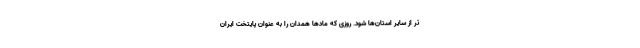
تر از سایر استان‌ها شود. روزی که مادها همدان را به عنوان پایتخت ایران